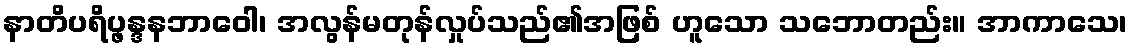
နာတိပရိပ္ဖန္ဒနဘာဝေါ၊ အလွန်မတုန်လှုပ်သည်၏အဖြစ် ဟူသော သဘောတည်း။ အာကာသေ၊